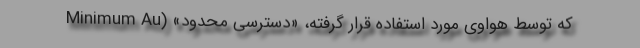
که توسط هواوی مورد استفاده قرار گرفته، «دسترسی محدود» (Minimum Au